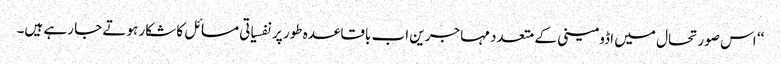
‘‘ اس صورتحال میں اڈومینی کے متعدد مہاجرین اب باقاعدہ طور پر نفسیاتی مسائل کا شکار ہوتے جا رہے ہیں۔